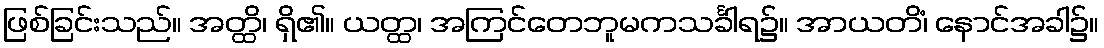
ဖြစ်ခြင်းသည်။ အတ္ထိ၊ ရှိ၏။ ယတ္ထ၊ အကြင်တေဘူမကသင်္ခါရ၌။ အာယတိံ၊ နောင်အခါ၌။